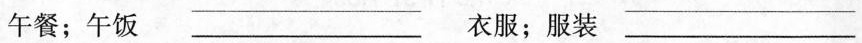
午餐；午饭 ___ 衣服；服装 ___